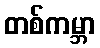
တစ်ကမ္ဘာ